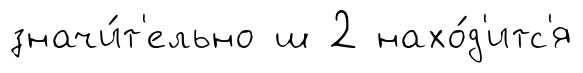
значи́т'ельно ш 2 нахо́д'итс'я